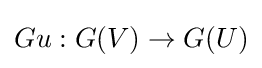
Gu:G(V)\to G(U)